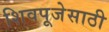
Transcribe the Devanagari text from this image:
शिवपूजेसाठी